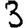
Digit: 3